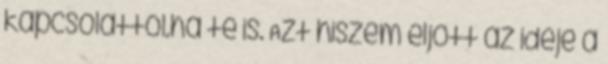
kapcsolattól.ha te is. Azt hiszem eljött az ideje a